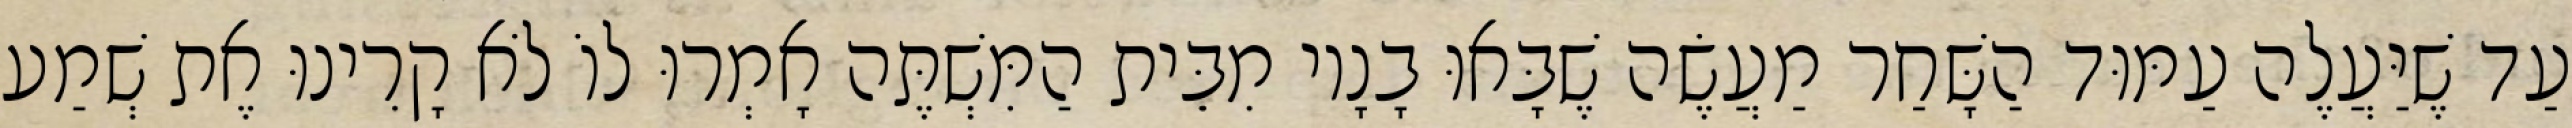
עַד שֶׁיַּעֲלֶה עַמּוּד הַשָּׁחַר מַעֲשֶׂה שֶׁבָּאוּ בָנָיו מִבֵּית הַמִּשְׁתֶּה אָמְרוּ לוֹ לֹא קָרִינוּ אֶת שְׁמַע